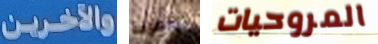
والآخرين ضعيفة المروحيات